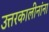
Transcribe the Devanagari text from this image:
उत्तरकालीनांना